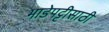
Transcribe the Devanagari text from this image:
भाडेपट्टीसाठी